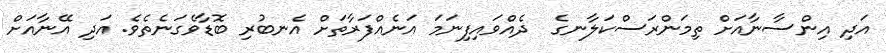
އަދި އިންސާނާއަށް ތިމަންރަސްކަލާނގެ  ދެއްވައިފިނަމަ އަނެއްފަރާތަށް އެނބުރި ބޮޑާވެގަނެތެވެ. އަދި އޭނާއަށް